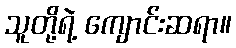
သူတို့ရဲ့ ကျောင်းဆရာ။